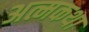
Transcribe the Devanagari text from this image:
अत्मकथा